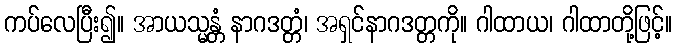
ကပ်လေပြီး၍။ အာယသ္မန္တံ နာဂဒတ္တံ၊ အရှင်နာဂဒတ္တကို။ ဂါထာယ၊ ဂါထာတို့ဖြင့်။